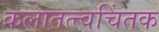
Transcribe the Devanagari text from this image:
कलातत्त्वचिंतक